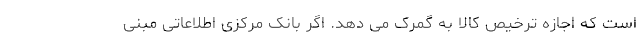
است که اجازه ترخیص کالا به گمرک می دهد. اگر بانک مرکزی اطلاعاتی مبنی